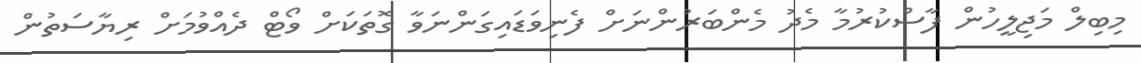
މިބިލް މަޖިލީހުން ފާސްކުރުމާ މެދު މެންބަރުންނަށް ފެނިވަޑައިގަންނަވާ ގޮތަކަށް ވޯޓް ދެއްވުމަށް ރިޔާސަތުން